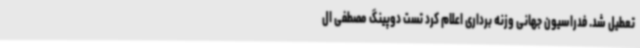
تعطیل شد. فدراسیون جهانی وزنه برداری اعلام کرد تست دوپینگ مصطفی ال